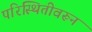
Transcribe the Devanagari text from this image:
परिस्थितीवरून